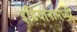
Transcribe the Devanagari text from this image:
इंडियानामध्यी